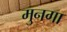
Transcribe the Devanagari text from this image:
मुनगा